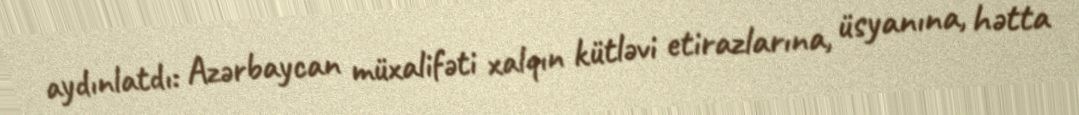
aydınlatdı: Azərbaycan müxalifəti xalqın kütləvi etirazlarına, üsyanına, hətta